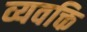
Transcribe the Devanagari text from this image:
व्यवक्ति